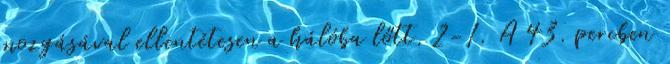
mozgásával ellentétesen a hálóba lőtt. 2-1. A 43. percben